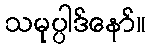
သမုပ္ပါဒ်နော်။